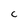
Character: c